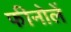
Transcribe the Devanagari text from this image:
फीनोलें